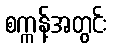
စက္ကန့်အတွင်း